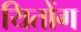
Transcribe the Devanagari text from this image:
यितोंग